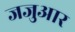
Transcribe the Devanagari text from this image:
जजुआर